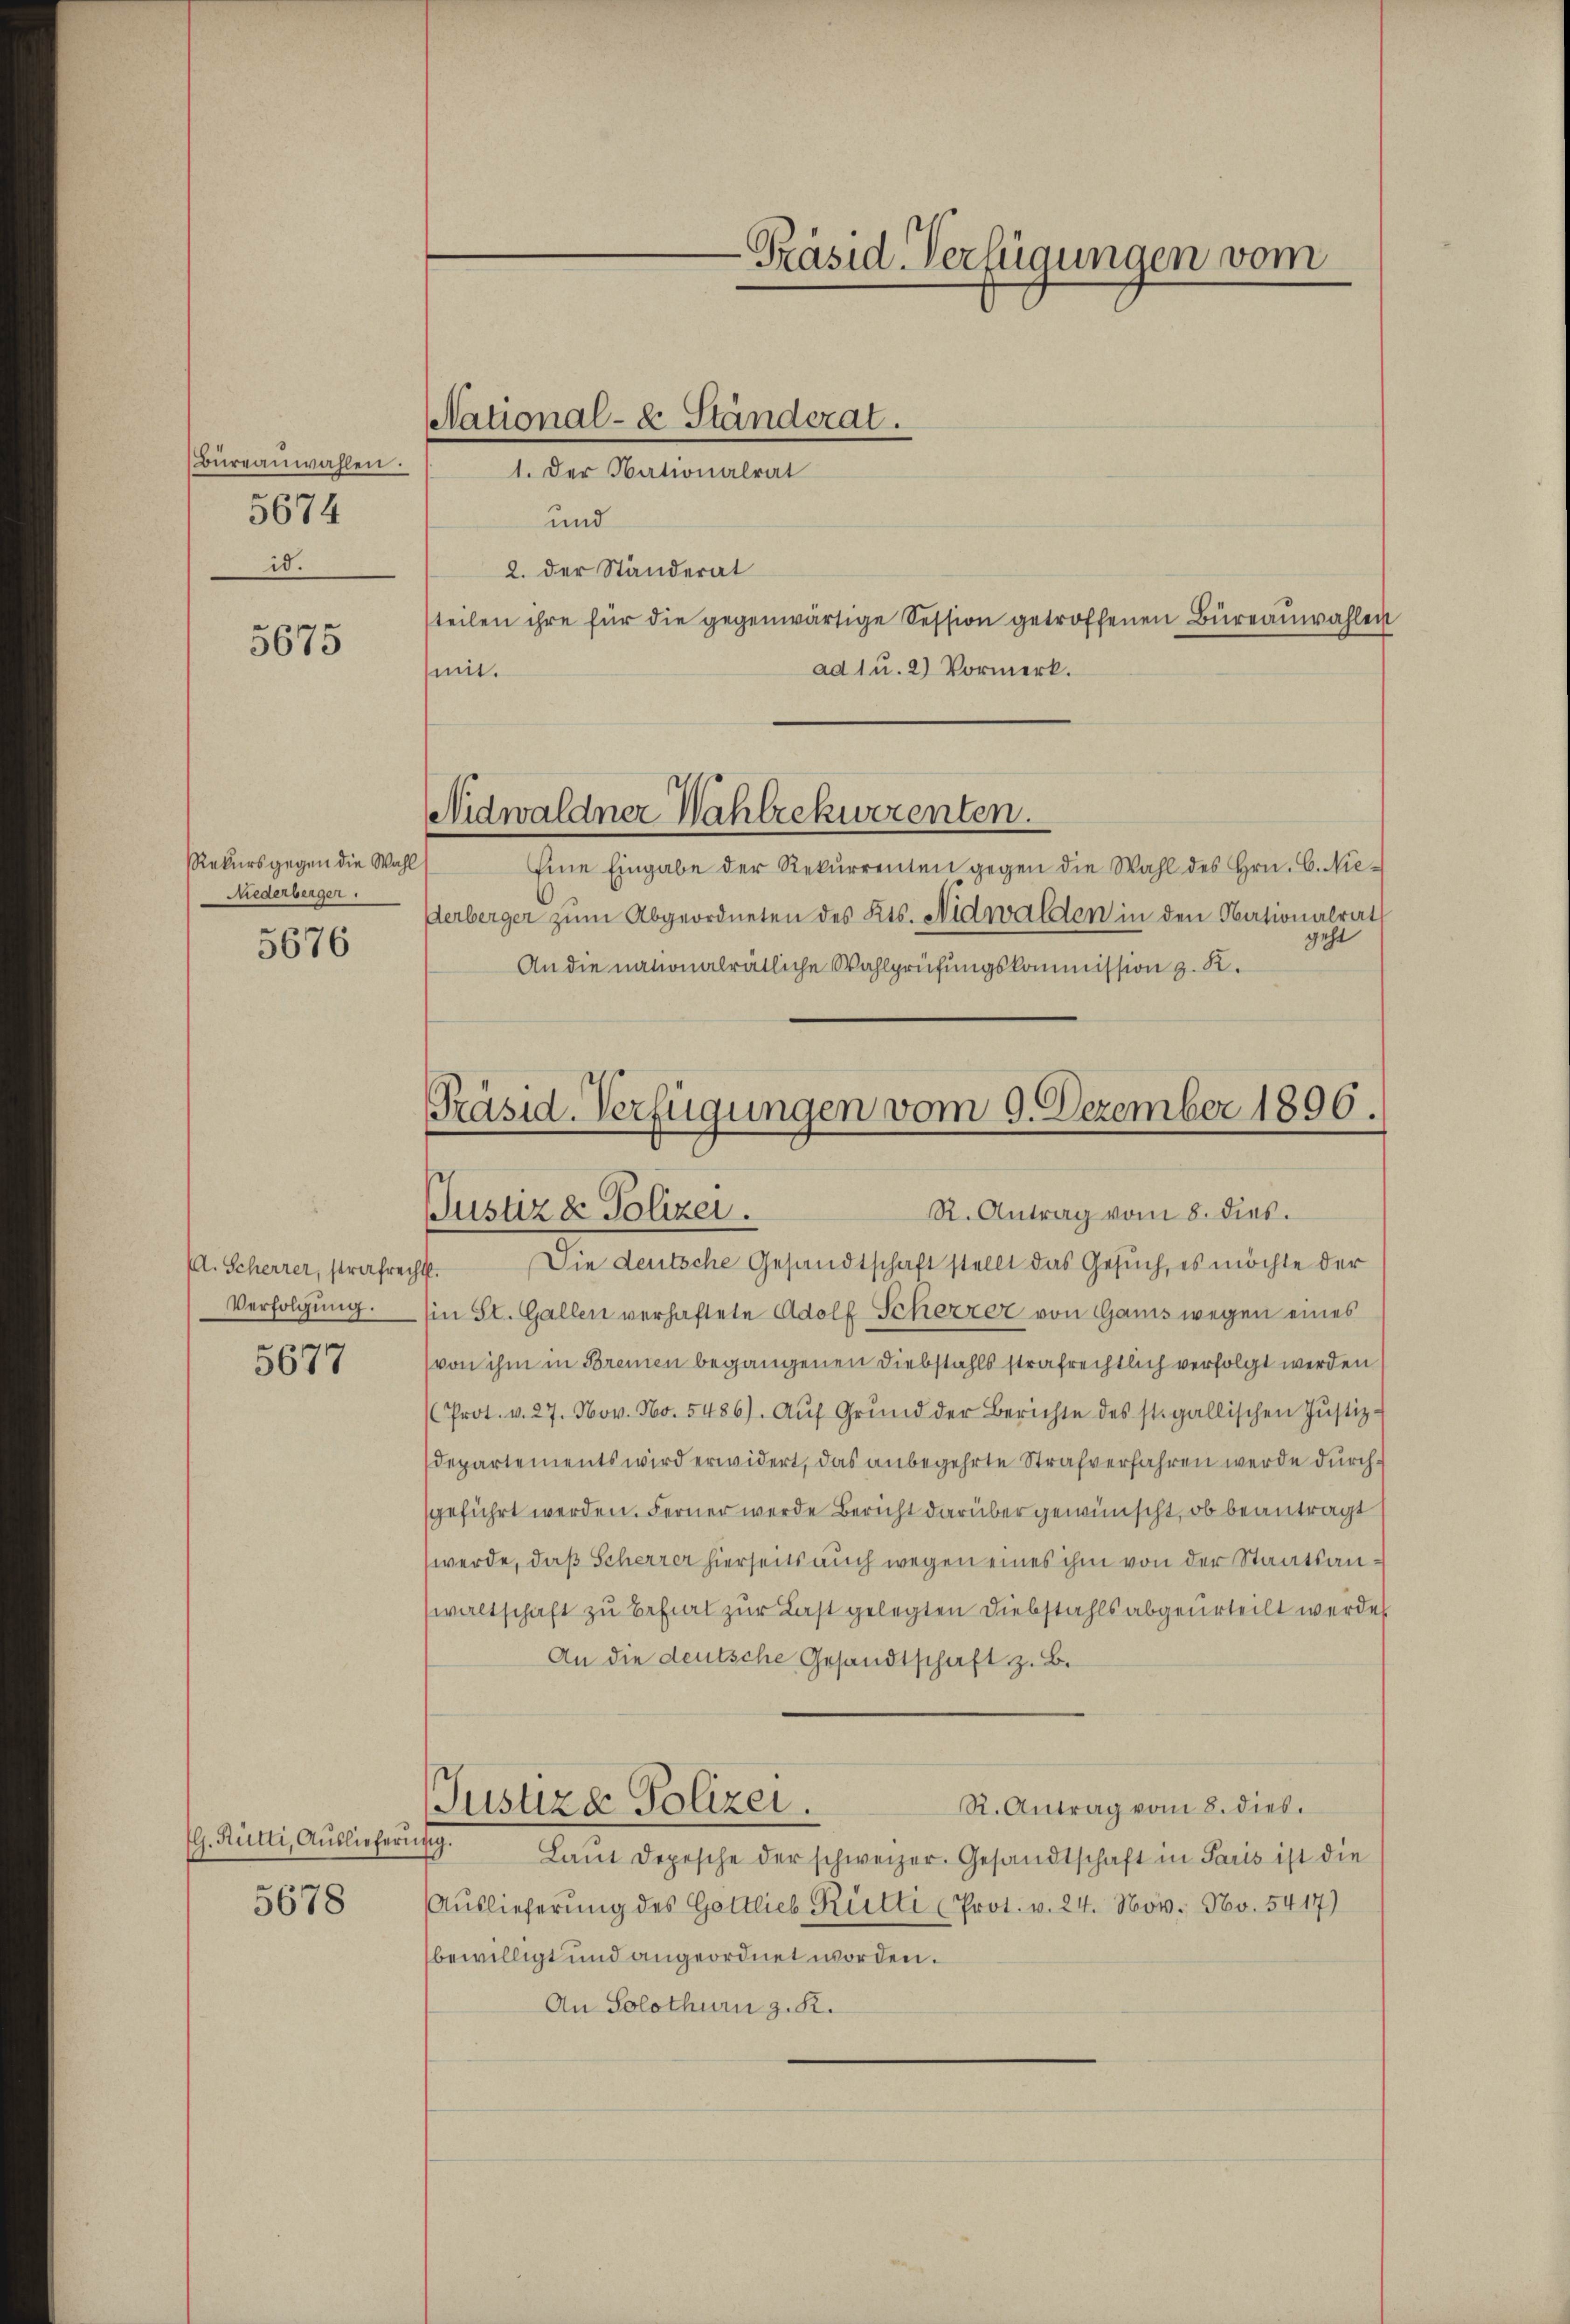
Büreauwahlen.
5674
id.

5675

Rekursgegen die Wahl
Niederberger.

5676

M. Scherrer, strafrech
Verfolgung.

5677

G. Rütti, Auslieferung.

5678

NNational-E. Ständerat.
1. Der Nationalrat

mit.

-Präsid-Verfügungen vom

und
2. der Ständerat
teilen ihre für die gegenwärtige Session getroffenen Büreauwahlen
ad 1 u. 2) Vormerk.
Nidwaldner Wahlrekwerenten.
Eine Eingabe der Rekŭrrenten gegen die Wahl des Hrn. C. Nie-
Derberger zum Abgeordneten des Kts. Nidwalden in den Nationalrath
geht
An die nationalrätliche Wahlprüfungskommission z. K.

Präsid. Verfügungen vom 9. Dezember 1896.
R. Antrag vom 8. dies.
Justiz & Polizei.

Die deutsche Gesandtschaft stellt das Gesuch, es möchte der
.
(in St. Gallen verhaftete Adolf Scherzer von Gams wegen eines
von ihm in Bremen begangenen Diebstahls strafrechtlich verfolgt werden
(Prot. v. 27. Nov. No. 5486). Aŭf Grŭnd der Berichte des st. gallischen Justiz-
Departements wird erwidert, das anbegehrte Strafverfahren werde durchgeführt werden. Ferner werde Bericht darüber gewünscht, ob beantragt
werde, daß Scherrer hierseits auch wegen eines ihm von der Staatsanwaltschaft zu befiel zur Last gelegten Diebstahls abgeurteilt werden
An die deutsche Gesandtschaft z. B.
Justiza Polizei.
R. Antrag vom 8. dies.
Laŭt Depesche der schweizer. Gesandtschaft in Paris ist die
Auslieferung des Gottlieb Rütti (Prot. v. 24. Nov. No. 5417)
bewilligt und angeordnet worden.
An Solothurn z. R.